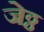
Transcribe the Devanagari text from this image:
जेठ्ठ